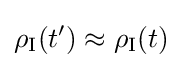
\rho _{\rm {I}}(t')\approx \rho _{\rm {I}}(t)